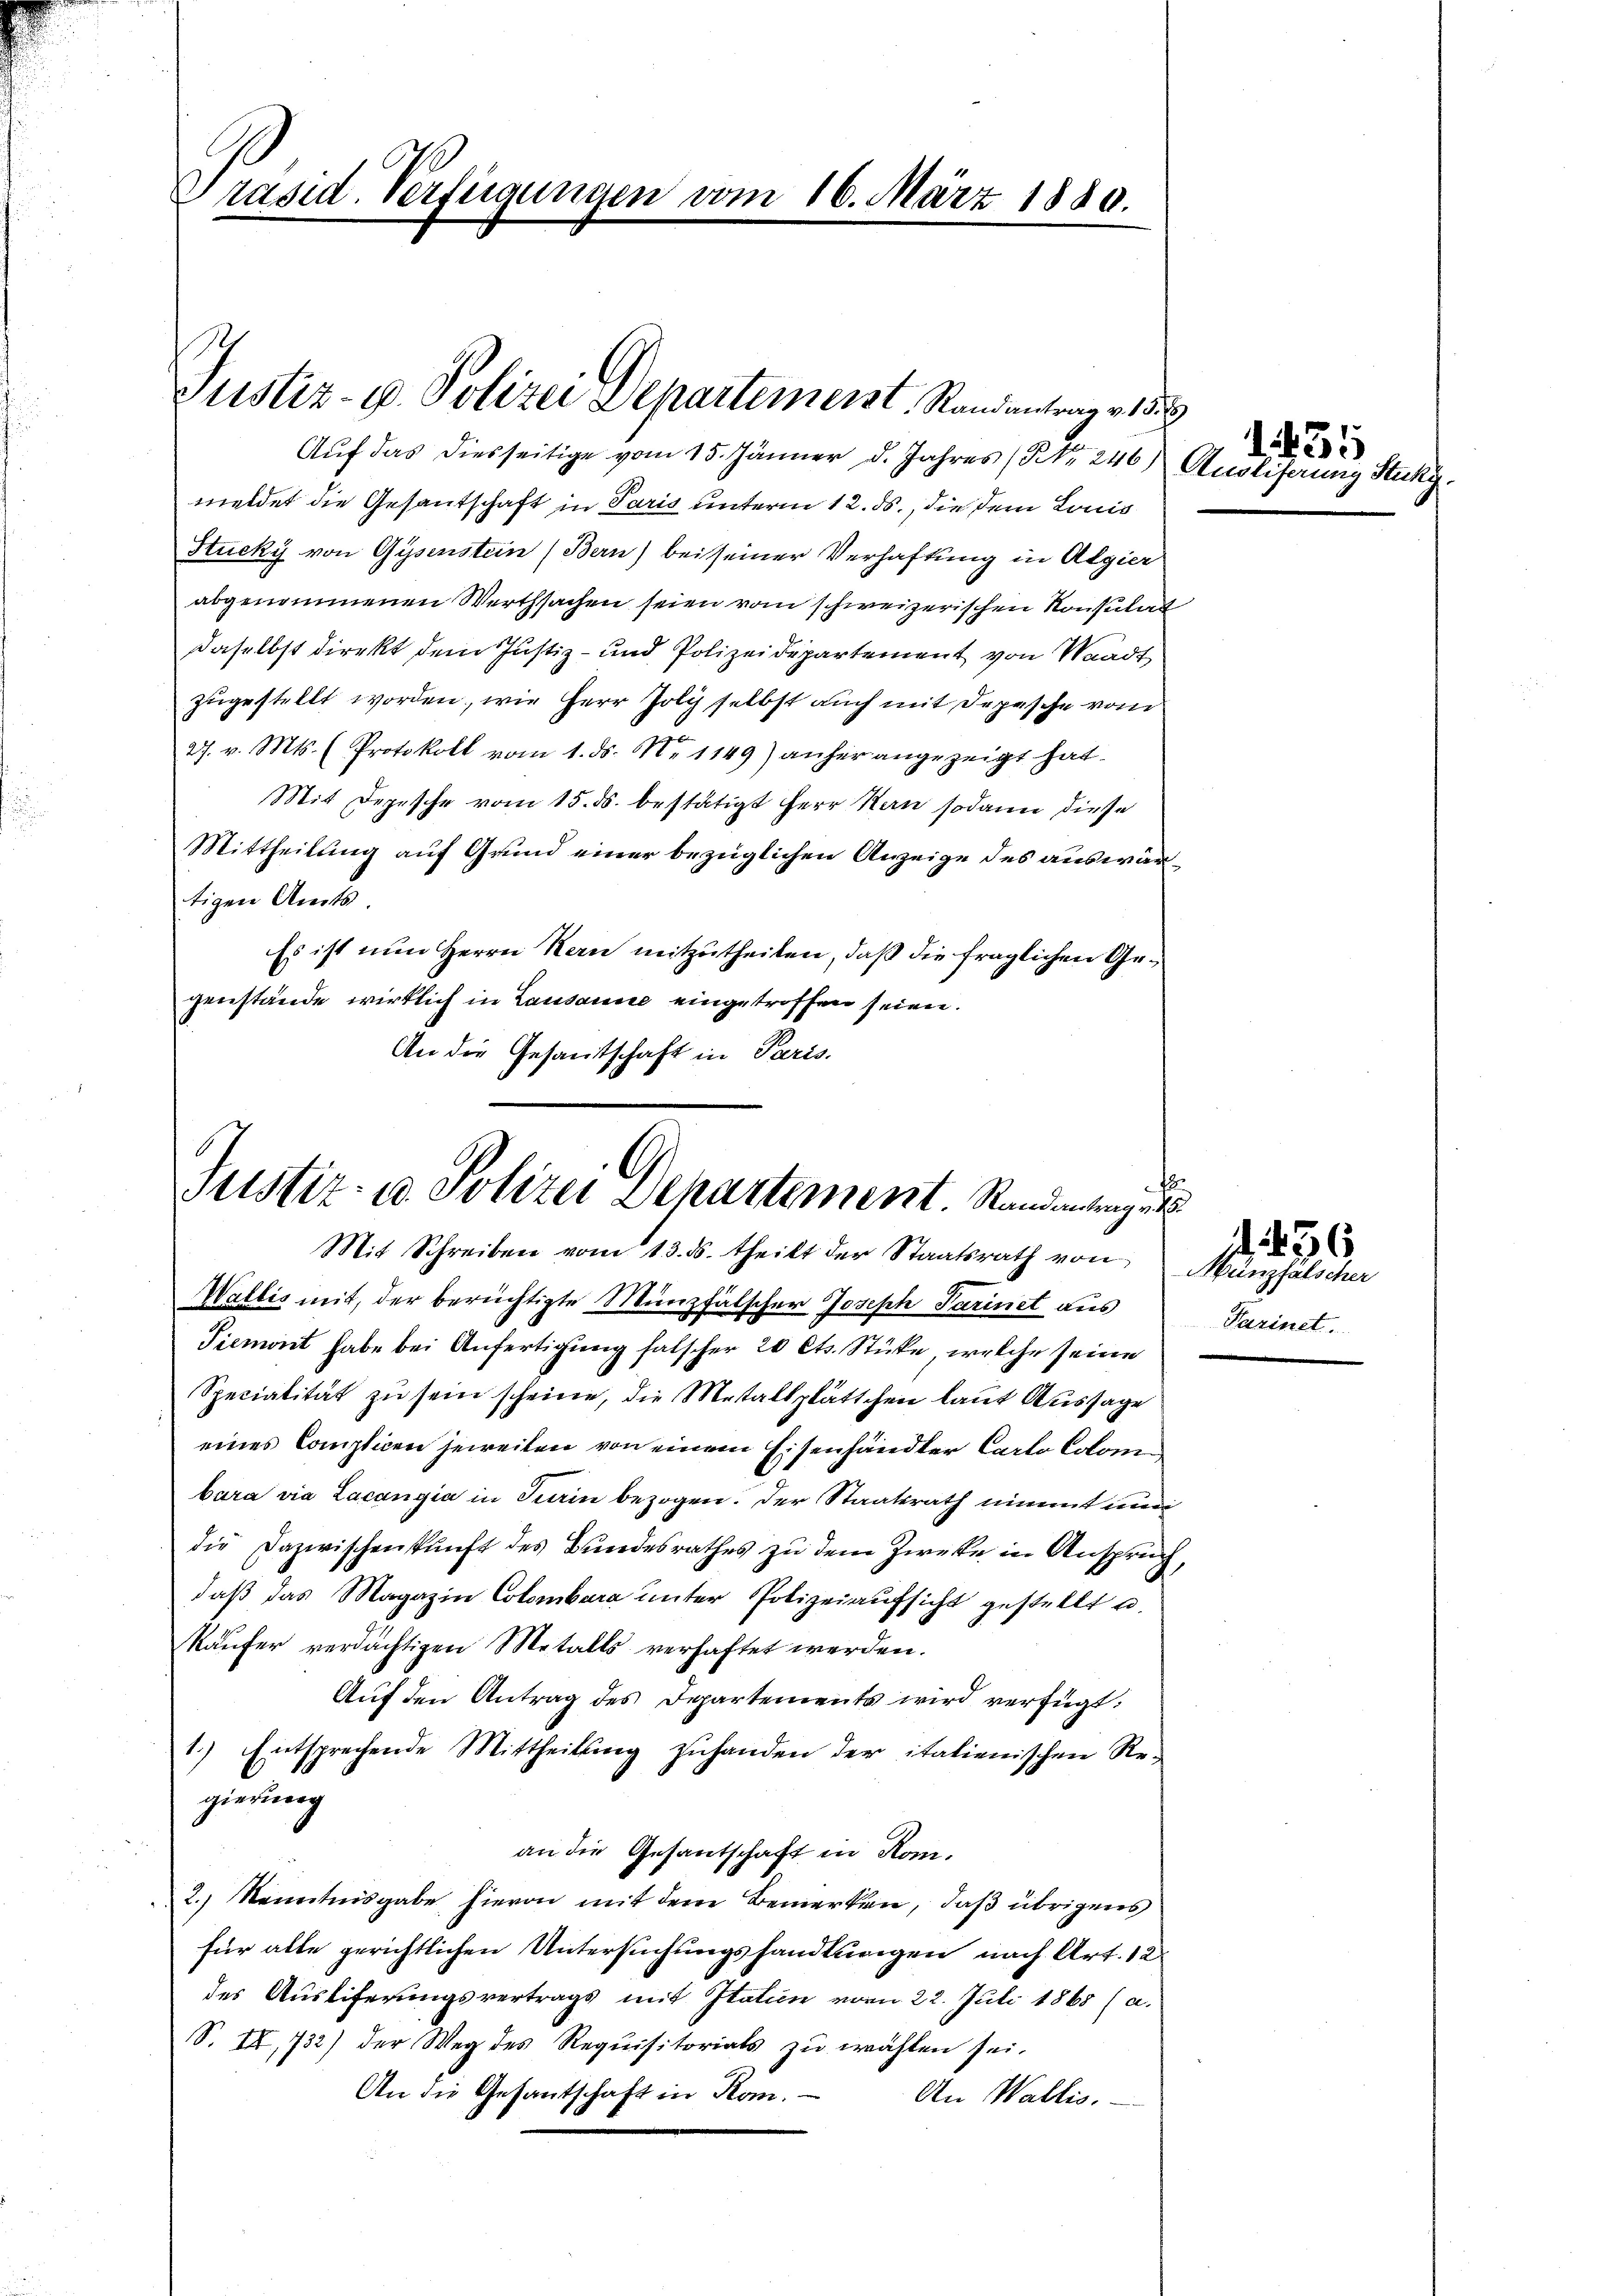
Präsid. Verfügungen vom 16. März 1880.

Justiz- u. Polizei Departemeist, Randantrag v. 15.

Auf das diesseitige vom 15. Jänner d. Jahres (Nr. 246) Ausliferung Stukz
meldet die Gesantschaft in Paris unterm 12. ds., die dem Louis
Stucky von Gysenstein (Bern) bei seiner Verhaftung in Algier
abgenommenen Werthsachen seien vom schweizerischen Konsulat
daselbst direkt dem Justiz- und Polizeidepartement von Waadt
zugestellt worden, wie Herr Joly selbst auch mit Depesche vom
27. v. Mts. (Protokoll vom 1. ds. No 1149) anher angezeigt hat.
Mit Depesche vom 15. ds. bestätigt Herr Kan sodann diese
Mittheilung auf Grund einer bezüglichen Anzeige des auswärtigen Amts.
Es ist nun Herrn Kern mitzutheilen, daß die fraglichen Gegenstände wirklich in Lausanne eingetroffen seien.
An die Gesandtschaft in Paris.

Justiz- u. Polizei Departement. Randantingers
Mit Schreiben vom 13. ds. theilt der Staatsrath von Münzfälscher

Wallis mit, der berüchtigte Münzfälscher Joseph Parinet aus
Tiement habe bei Anfertigung falscher 20 Cts. Stücke, welche seine
Specialität zu sein scheine, die Mestaltplättchen laut Aussage
eines Complicen jeweiten von einem Eisenhändler Carlo Colom
bara via Lacangia in Turin bezogen. Der Staatsrath nimmt nun
die Dazwischenkunft des Bundesrathes zu dem Zwecke in Anspruch,
daß das Magazin Colombara unter Polizeiaufsicht gestellt u.
Käufer verdächtigen Metalls verhaftet werden.
Auf den Antrag des Departements wird verfügt:
1.) Entsprechende Mittheilŭng zŭ handen der italienischen Re-
gierung
an die Gesantschaft in Hon¬
2.) Kenntnisgabe hievon mit dem Bemerken, daß übrigens
für alle gerichtlichen Untersuchungshandlungen nach Art. 12
des Ausliferungsvertrags mit Italien vom 22. Juli 1865 (a.
S. IX, 732) der Weg des Requisitorials zu wählen sei.
An die Gesantschaft in Rom.
An Wallis.

1435

f
Farinet.

d. 236